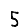
Digit: 5